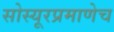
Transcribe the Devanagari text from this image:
सोस्यूरप्रमाणेच